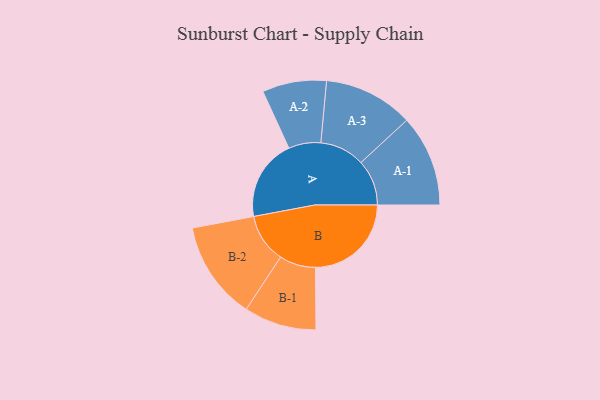
{"axis": {"x": "Segment", "y": "Value"}, "legend": ["", "A", "B"], "data": [{"x": "A", "y": 375, "type": ""}, {"x": "B", "y": 442, "type": ""}, {"x": "A-1", "y": 211, "type": "A"}, {"x": "A-2", "y": 148, "type": "A"}, {"x": "A-3", "y": 207, "type": "A"}, {"x": "B-1", "y": 167, "type": "B"}, {"x": "B-2", "y": 227, "type": "B"}]}